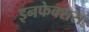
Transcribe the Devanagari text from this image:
इनफेक्शस